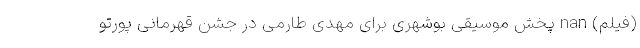
(فیلم) nan پخش موسیقی بوشهری برای مهدی طارمی در جشن قهرمانی پورتو